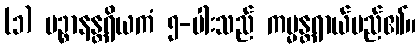
(၁) ပဉ္စာနန္တရိယကံ ၅-ပါးသည် ကမ္မန္တရာယ်မည်၏။